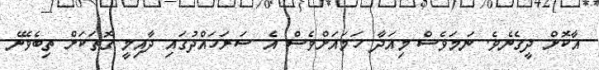
އާކޮށް ދީގެނެވެ. ނަމަވެސް މިއަަދާ ހަމައަށްވެސް އެ ސަރަަހައްދުގައި ދާއިމީ ގޮތަކަށް ތިިބެވޭނެ